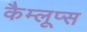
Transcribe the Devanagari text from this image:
कैम्लूप्स